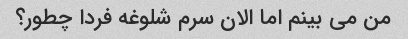
من می بینم اما الان سرم شلوغه فردا چطور؟